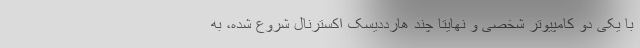
با یکی دو کامپیوتر شخصی و نهایتا چند هارددیسک اکسترنال شروع شده، به